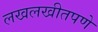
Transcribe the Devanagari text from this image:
लखलखीतपणे